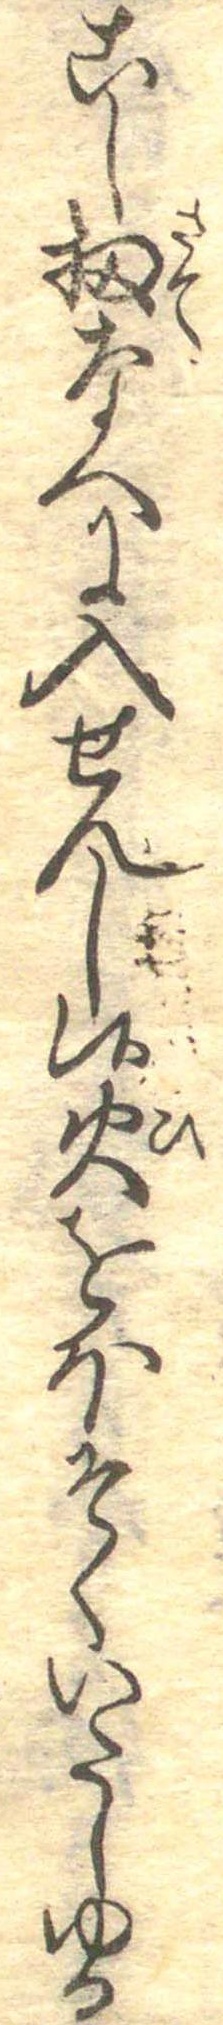
こし扨なへに入せんし候火をほそくいたしゆる